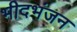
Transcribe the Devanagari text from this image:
भीदभंजन